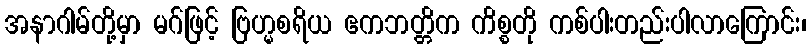
အနာဂါမ်တို့မှာ မဂ်ဖြင့် ဗြဟ္မစရိယ ဧကဘတ္တိက ကိစ္စတို ကစ်ပါးတည်းပါလာကြောင်း၊